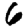
Digit: 6